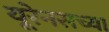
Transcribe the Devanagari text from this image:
यूरेनसच्या